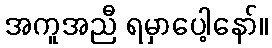
အကူအညီ ရမှာပေါ့နော်။